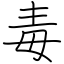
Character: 毒